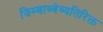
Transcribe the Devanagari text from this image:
झिम्बाब्वेव्यतिरिक्त